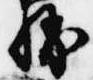
勝